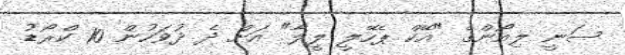
ސަނީ ލިއޯންގެ "އޭކް ޕެހޭލީ ލީލާ" އަށް ދެ ދުވަހުން 10 ކްރޯޑު